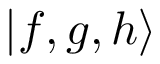
\mathinner { | { f , g , h } \rangle }